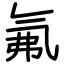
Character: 氟